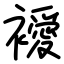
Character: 𧞇